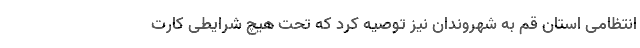
انتظامی استان قم به شهروندان نیز توصیه کرد که تحت هیچ شرایطی کارت